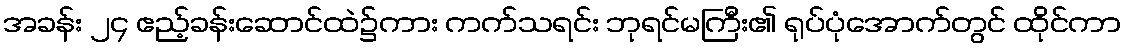
အခန်း ၂၄ ဧည့်ခန်းဆောင်ထဲ၌ကား ကက်သရင်း ဘုရင်မကြီး၏ ရုပ်ပုံအောက်တွင် ထိုင်ကာ